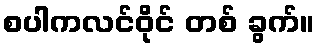
စပါကလင်ဝိုင် တစ် ခွက်။